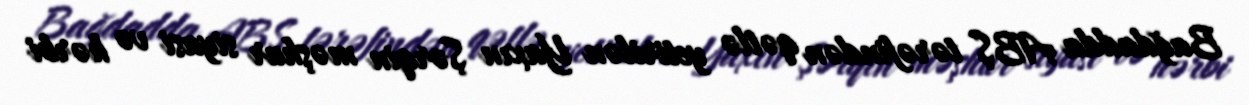
Bağdadda ABŞ tərəfindən qətlə yetirilən Yaxın Şərqin məşhur siyasi və hərbi